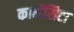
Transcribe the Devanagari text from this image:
कार्मेंसिटा